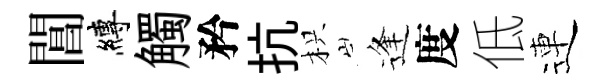
閶縛觸矜抗枳逢度低連